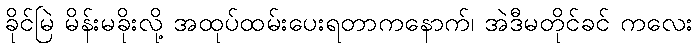
ခိုင်မြဲ မိန်းမခိုးလို့ အထုပ်ထမ်းပေးရတာကနောက်၊ အဲဒီမတိုင်ခင် ကလေး